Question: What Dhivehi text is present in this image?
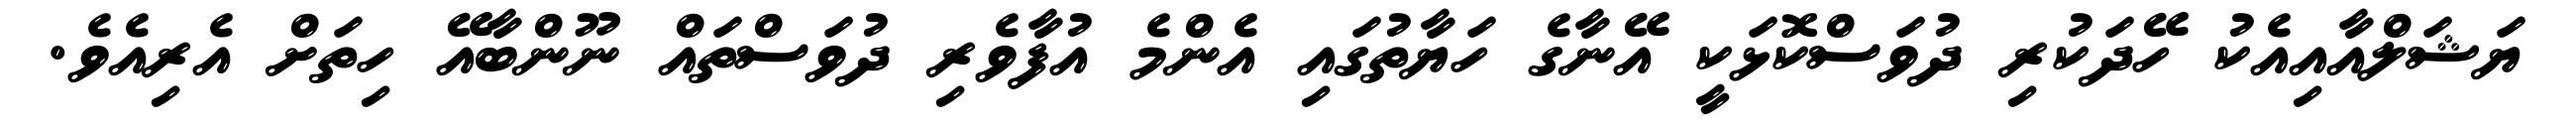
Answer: ޔަޝަލްއާއިއެކު ހޭދަކުރި ދުވަސްކޮޅަކީ އޭނާގެ ހަޔާތުގައި އެންމެ އުފާވެރި ދުވަސްތައް ނޫންބާއޭ ހިތަށް އެރިއެވެ.